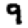
Digit: 9